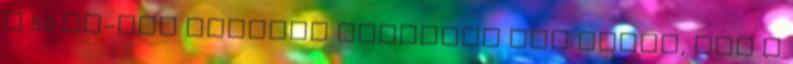
x 50 cm-nél nagyobb táblákat nem fogad, így a